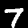
Digit: 7